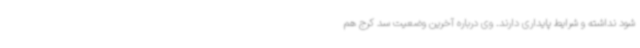
شود نداشته و شرایط پایداری دارند. وی درباره آخرین وضعیت سد کرج هم